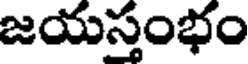
జయస్తంభం